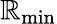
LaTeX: \mathbb{R}_{\mathrm{{min}}}